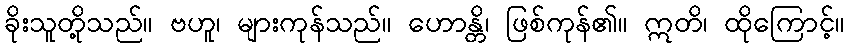
ခိုးသူတို့သည်။ ဗဟူ၊ များကုန်သည်။ ဟောန္တိ၊ ဖြစ်ကုန်၏။ ဣတိ၊ ထိုကြောင့်။